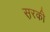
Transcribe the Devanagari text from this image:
स़रकी